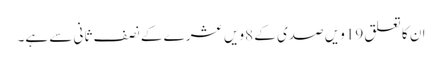
ان کا تعلق 19ویں صدی کے 8ویں عشرے کے نصف ثانی سے ہے۔